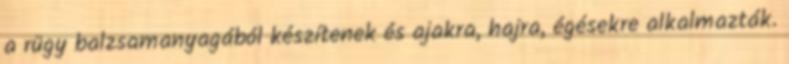
a rügy balzsamanyagából készítenek és ajakra, hajra, égésekre alkalmazták.